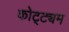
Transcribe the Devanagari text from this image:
कोट्ट्यम